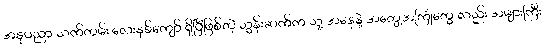
အနုပညာ သက်တမ်း လေးနှစ်ကျော် ရှိပြီဖြစ်တဲ့ သွန်းဆက်က သူ့ အနေနဲ့ အတွေ့အကြုံတွေ လည်း အများကြီး